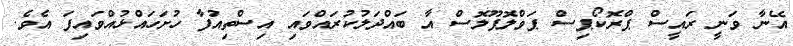
އޭނާ ވަނީ ރައީސް ޕްރޮކޯޕިސް ޕަވްލޮޕޫލޮސް އާ ބައްދަލުކުރައްވައި އިސްތިއުފާ ހުށަހައްޅުއްވައިފަ އެވެ.